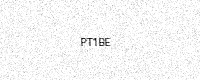
Text: PT1BE